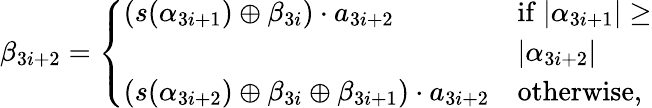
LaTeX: \begin{array}{r}{\beta_{3i+2}=\left\{ \begin{array}{ll}{(s(\alpha_{3i+1})\oplus\beta_{3i})\cdot a_{3i+2}}&{\mathrm{if~}|\alpha_{3i+1}|\geq}\\ &{|\alpha_{3i+2}|}\\ {(s(\alpha_{3i+2})\oplus\beta_{3i}\oplus\beta_{3i+1})\cdot a_{3i+2}}&{\mathrm{otherwise,}}\end{array}\right.}\end{array}